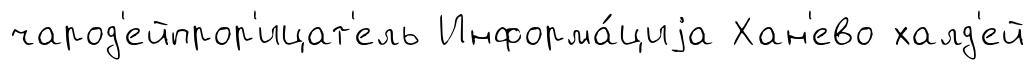
чарод'ейпрор'ицат'ель Информа́циjа Хан'ево халд'ей